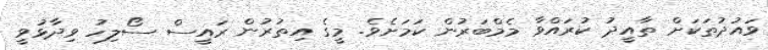
ވައުދުތަކަަށް ތާއީދު ކުރައްވާ މެމްބަރުން ކަމަށެވެ. މީގެ އިތުރުން ރައީސް ސޯލިހު ވިދާޅުވީ